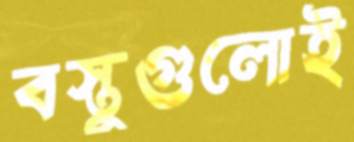
বস্তুগুলোই